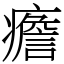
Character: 癚